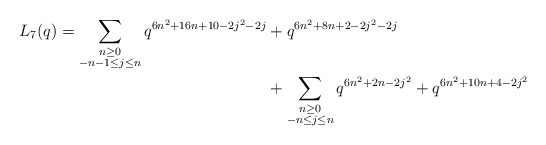
\begin{align*} \begin{aligned}L_{7}(q) = \sum_{\substack{n \geq 0 \\ -n-1 \leq j \leq n}} q^{6n^2 + 16n + 10 - 2j^2 - 2j} & + q^{6n^2 + 8n +2 - 2j^2 - 2j} \\& + \sum_{\substack{n \geq 0 \\ -n \leq j \leq n}} q^{6n^2 + 2n - 2j^2} + q^{6n^2 + 10n + 4 - 2j^2}\end{aligned}\end{align*}